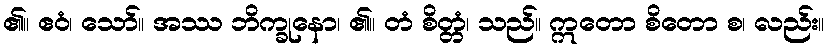
၏။ ဧဝံ၊ သော်။ အဿ ဘိက္ခုနော၊ ၏။ တံ စိတ္တံ၊ သည်။ ဣတော စိတော စ၊ လည်း။